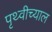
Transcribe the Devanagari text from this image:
पृथ्वीच्याल